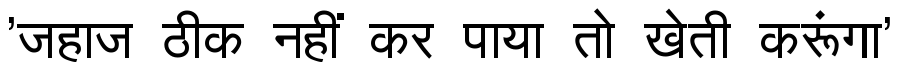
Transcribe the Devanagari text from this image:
'जहाज ठीक नहीं कर पाया तो खेती करूंगा'